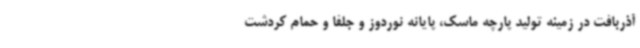
آذربافت در زمینه تولید پارچه ماسک، پایانه نوردوز و جلفا و حمام کردشت